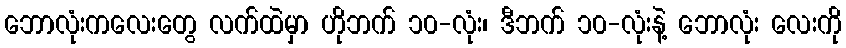
ဘောလုံးကလေးတွေ လက်ထဲမှာ ဟိုဘက် ၁၀-လုံး၊ ဒီဘက် ၁၀-လုံးနဲ့ ဘောလုံး လေးကို